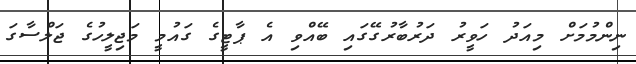
ނިންމުމަށް މިއަދު ހަވީރު ދަރުބާރުގޭގައި ބޭއްވި އެ ޕާޓީގެ ގައުމީ މަޖިލީހުގެ ޖަލްސާގަ